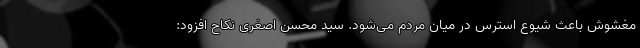
مغشوش باعث شیوع استرس در میان مردم می‌شود. سید محسن اصغری نکاح افزود: